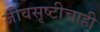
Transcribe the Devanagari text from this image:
जीवसृष्टीचाही